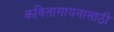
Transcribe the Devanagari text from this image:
कवितागायनासाठी